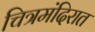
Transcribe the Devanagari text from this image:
चित्रमंदिरात